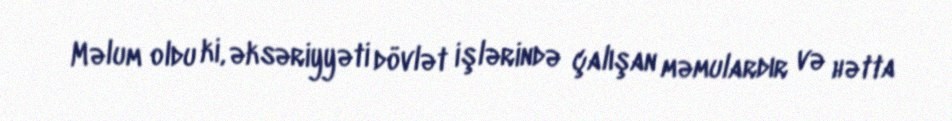
Məlum oldu ki, əksəriyyəti dövlət işlərində çalışan məmulardır və hətta